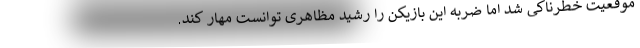
موقعیت خطرناکی شد اما ضربه این بازیکن را رشید مظاهری توانست مهار کند.